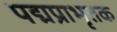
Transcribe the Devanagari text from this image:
पद्मप्राभृतक